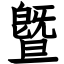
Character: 曁